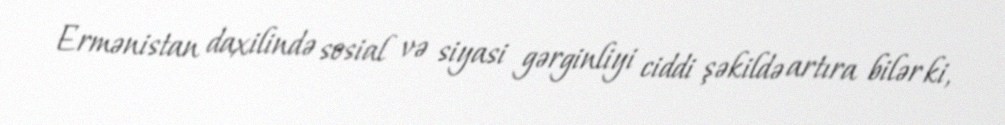
Ermənistan daxilində sosial və siyasi gərginliyi ciddi şəkildə artıra bilər ki,